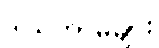
ဒါယိကာမများ